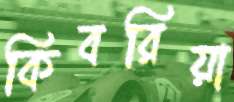
কিবরিয়া